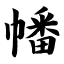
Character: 幡